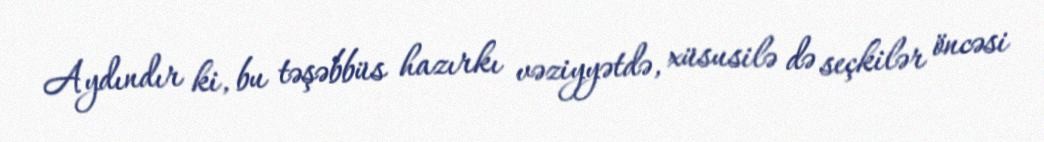
Aydındır ki, bu təşəbbüs hazırkı vəziyyətdə, xüsusilə də seçkilər öncəsi